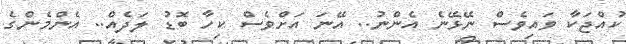
ކުއްޖަކާ ވައިވެސް ނޭޅޭނެ އެންނު.. އޭނަ އަށްވެސް ކިހާ ބޮޑު ލަދެއް.. އެންމެންގެ